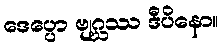
ဒေပ္ပော ဗျဂ္ဃဿ ဒီပိနော။